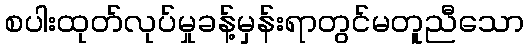
စပါးထုတ်လုပ်မှုခန့်မှန်းရာတွင်မတူညီသော